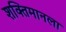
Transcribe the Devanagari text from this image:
शक्तिमानला